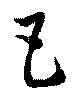
己